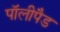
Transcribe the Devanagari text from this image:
पॉलीपैड